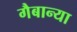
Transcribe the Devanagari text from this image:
गैबान्या